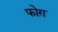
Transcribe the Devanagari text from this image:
फोग़